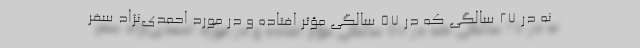
نه در 27 سالگی که در 57 سالگی مؤثر افتاده و در مورد احمدی‌نژاد سفر